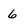
Character: 6